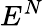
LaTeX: E^{N}